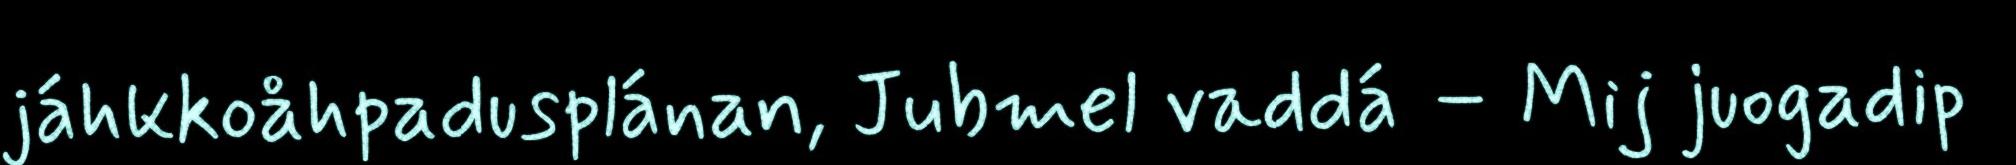
jáhkkoåhpadusplánan, Jubmel vaddá – Mij juogadip